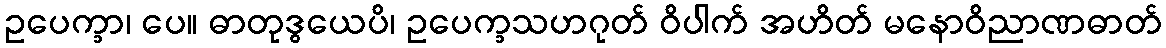
ဥပေက္ခာ၊ ပေ။ ဓာတုဒွယေပိ၊ ဥပေက္ခသဟဂုတ် ဝိပါက် အဟိတ် မနောဝိညာဏဓာတ်